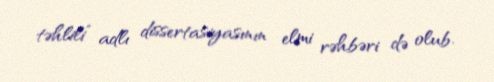
təhlili” adlı dissertasiyasının elmi rəhbəri də olub.